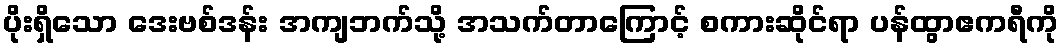
ပိုးရှိသော ဒေးဗစ်ဒန်း အကျဘက်သို့ အသက်တာကြောင့် စကားဆိုင်ရာ ပန်ထွာဧကရီကို